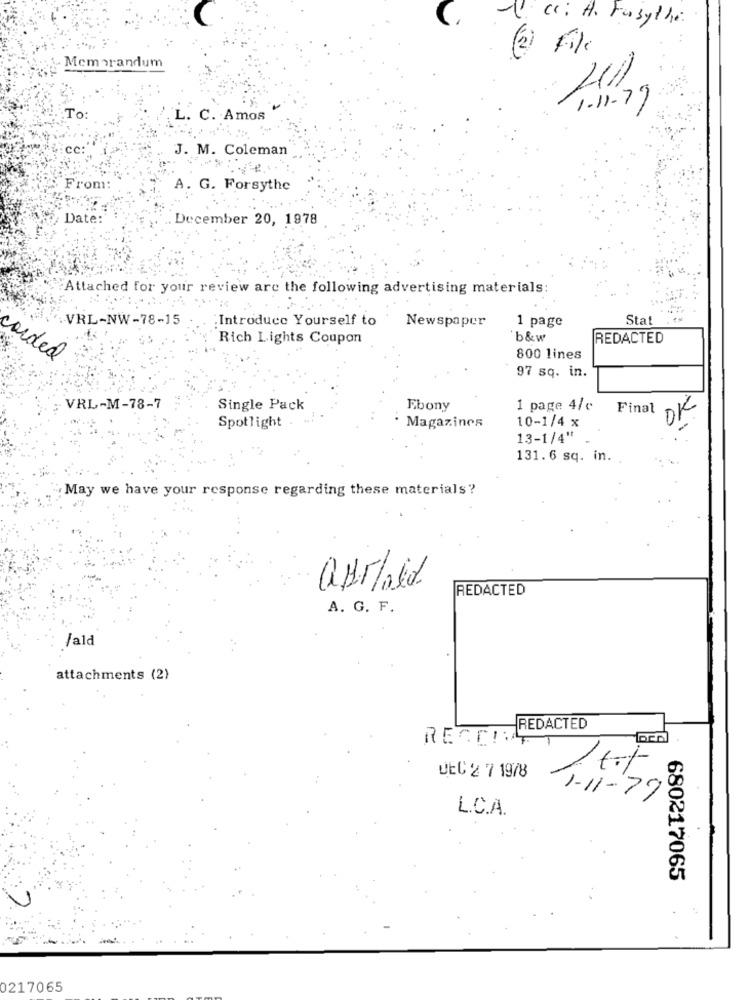
Cc: H. Fabythe
Memorandum
1.11.79
To:
L. C. Amos
J. M. Coleman
From:
A. G. Forsythe
Date:
December 20, 1978
Attached for your review are the following advertising materials:
VRL-NW-78-15
: Introduce Yourself to
Newspaper
Stat
1 page
Rich Lights Coupon
b&w
REDACTED
arded
800 lines
97 sq. in.
VRL-M-78-7
Single Pack
Ebony
1 page 4/c
Final
OK
10-1/4 x
Spotlight .
· Magazines
13-1/4"
131.6 sq. in.
May we have your response regarding these materials?
afraid.
REDACTED
A. G. F.
/ald
attachments (2)
REDACTED
RECENT
DEC 2 7 19/8
1-11-79
L.C.A.
680217065
0217065